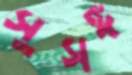
সুসঙ্গ